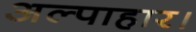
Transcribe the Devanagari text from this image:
अल्पाहार।